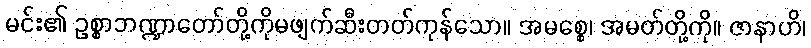
မင်း၏ ဥစ္စာဘဏ္ဍာတော်တို့ကိုမဖျက်ဆီးတတ်ကုန်သော။ အမစ္စေ၊ အမတ်တို့ကို။ ဇာနာဟိ၊